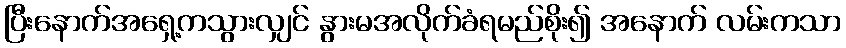
ပြီးနောက်အရှေ့ကသွားလျှင် နွားမအလိုက်ခံရမည်စိုး၍ အနောက် လမ်းကသာ